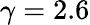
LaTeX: \gamma=2.6